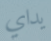
يداي